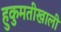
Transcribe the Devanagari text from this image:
हुकुमतीखाली